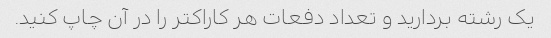
یک رشته بردارید و تعداد دفعات هر کاراکتر را در آن چاپ کنید.